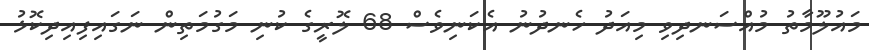
މައުލޫމާތު މުއްސަނދިވި މިއަދު ހެނދުނު އެކަނިވެސް 68 ލޮރީގެ ކުނި މަގުމަތިން ނަގައިފިއިދިކޮޅު